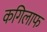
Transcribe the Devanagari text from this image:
कगिलाफ